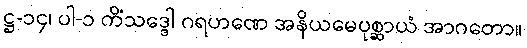
ဋ္ဌ-၁၄၊ ပါ-၁ ကိံသဒ္ဒေါ ဂရဟဏေ အနိယမေပုစ္ဆာယံ အာဂတော။